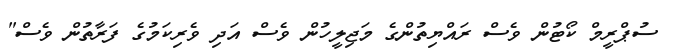
ސުޕްރީމް ކޯޓުން ވެސް ރައްޔިތުންގެ މަޖިލީހުން ވެސް އަދި ވެރިކަމުގެ ފަރާތުން ވެސް"